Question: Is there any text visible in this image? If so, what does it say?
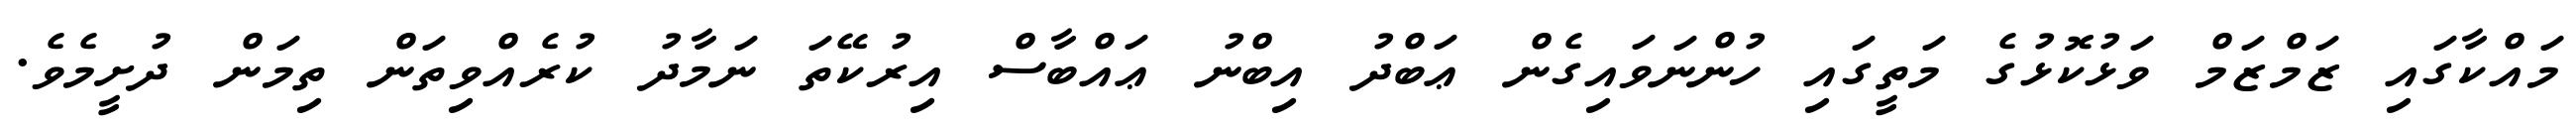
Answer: މައްކާގައި ޒަމްޒަމް ވަޅުކޮޅުގެ މަތީގައި ހުންނަވައިގެން ޢަބްދު އިބްނު ޢައްބާސް އިރުކޭތަ ނަމާދު ކުރެއްވިތަން ތިމަން ދުށީމެވެ.